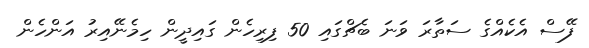
ފޭސް އެކެއްގެ ސަތާރަ ވަނަ ބެޗްގައި 50 ފިރިހެން ގައިދީން ހިމެނޭއިރު އަންހެން